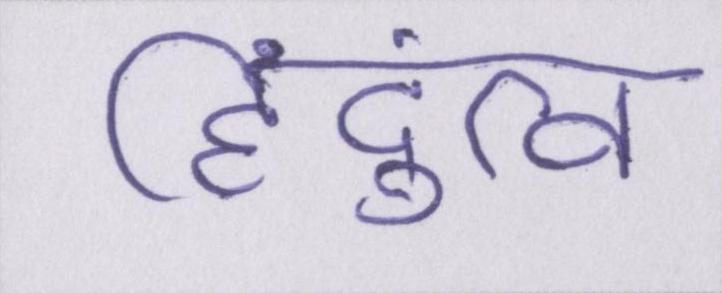
हिंदुत्व